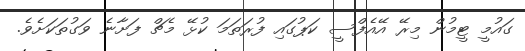
ގައުމީ ޓީމުން މިރޭ އޭއެފްސީ ކަޕުގައި ފުރަތަމަ ކުޅޭ މެޗް ފަށާނެ ވަގުތަކަށެވެ.